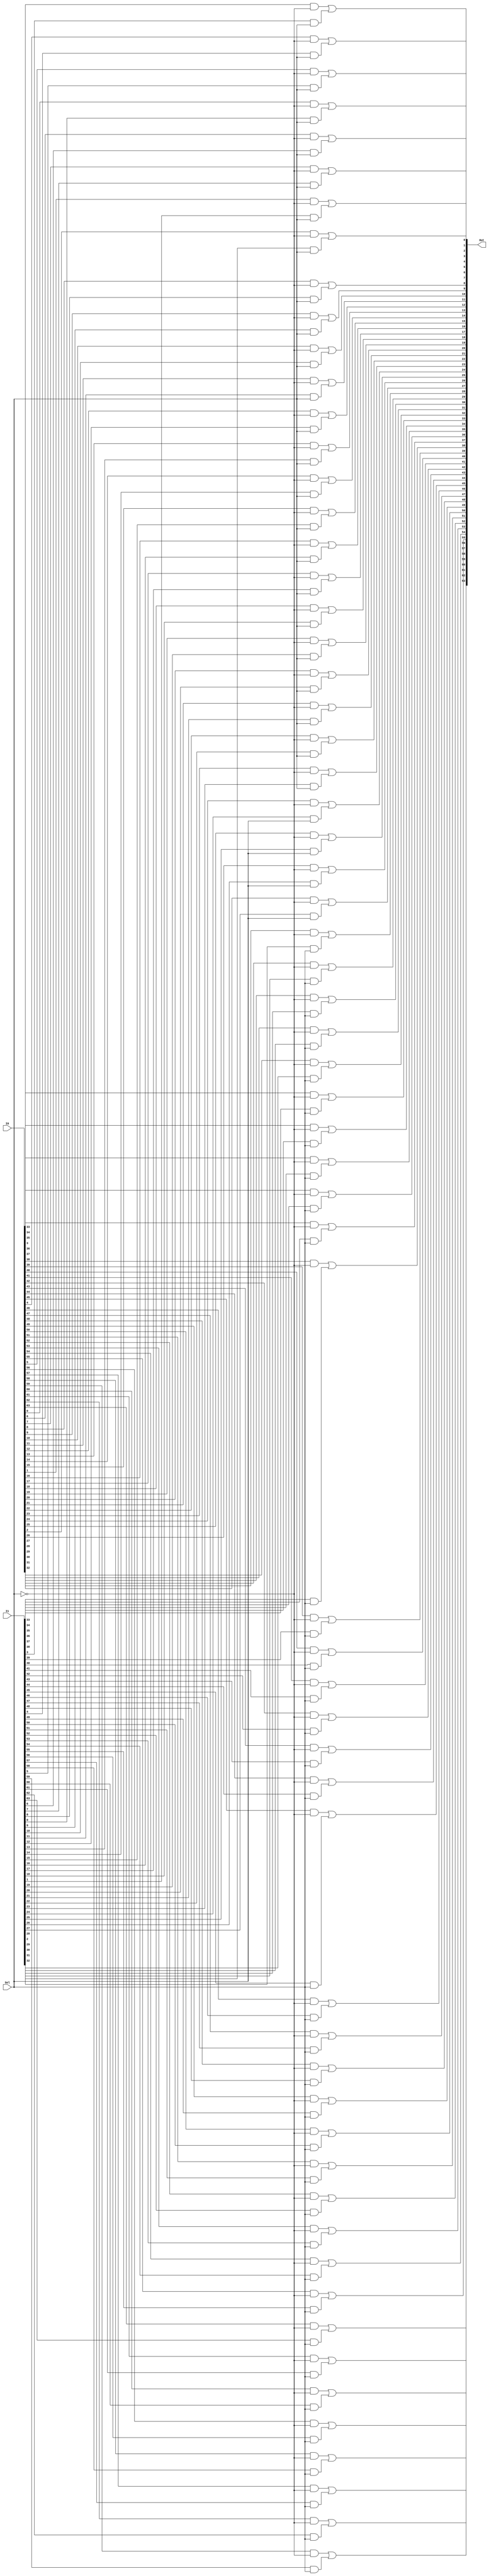
`timescale 1ns/1ns

module Mux2to1_64bit(I0, I1, Sel, Out);

input [63:0] I0, I1;
input Sel;
output [63:0] Out;

wire SelBar;
wire [63:0] OutI0, OutI1;

not SELBAR(SelBar, Sel);

genvar i;
generate
	for(i = 0; i < 64; i = i + 1) begin
		and OUTI0(OutI0[i], I0[i], SelBar);
		and OUTI1(OutI1[i], I1[i], Sel);
		or #5 OUT0(Out[i], OutI0[i], OutI1[i]);
	end
endgenerate

endmodule